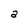
Character: a